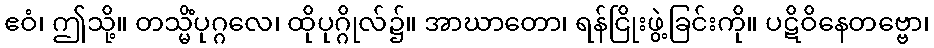
ဧဝံ၊ ဤသို့။ တသ္မိံပုဂ္ဂလေ၊ ထိုပုဂ္ဂိုလ်၌။ အာဃာတော၊ ရန်ငြိုးဖွဲ့ခြင်းကို။ ပဋိဝိနေတဗ္ဗော၊